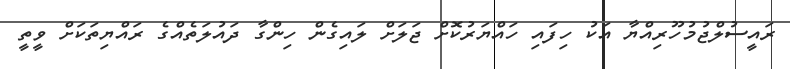
ރައީސުލްޖުމުހޫރިއްޔާ އަކު ހިފައި ހައްޔަރުކޮށް ޖަލަށް ލައިގެން ހިންގާ ދައުލަތެއްގެ ރައްޔިތަކަށް ވީތީ